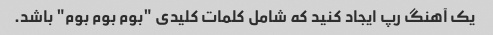
یک آهنگ رپ ایجاد کنید که شامل کلمات کلیدی "بوم بوم بوم" باشد.